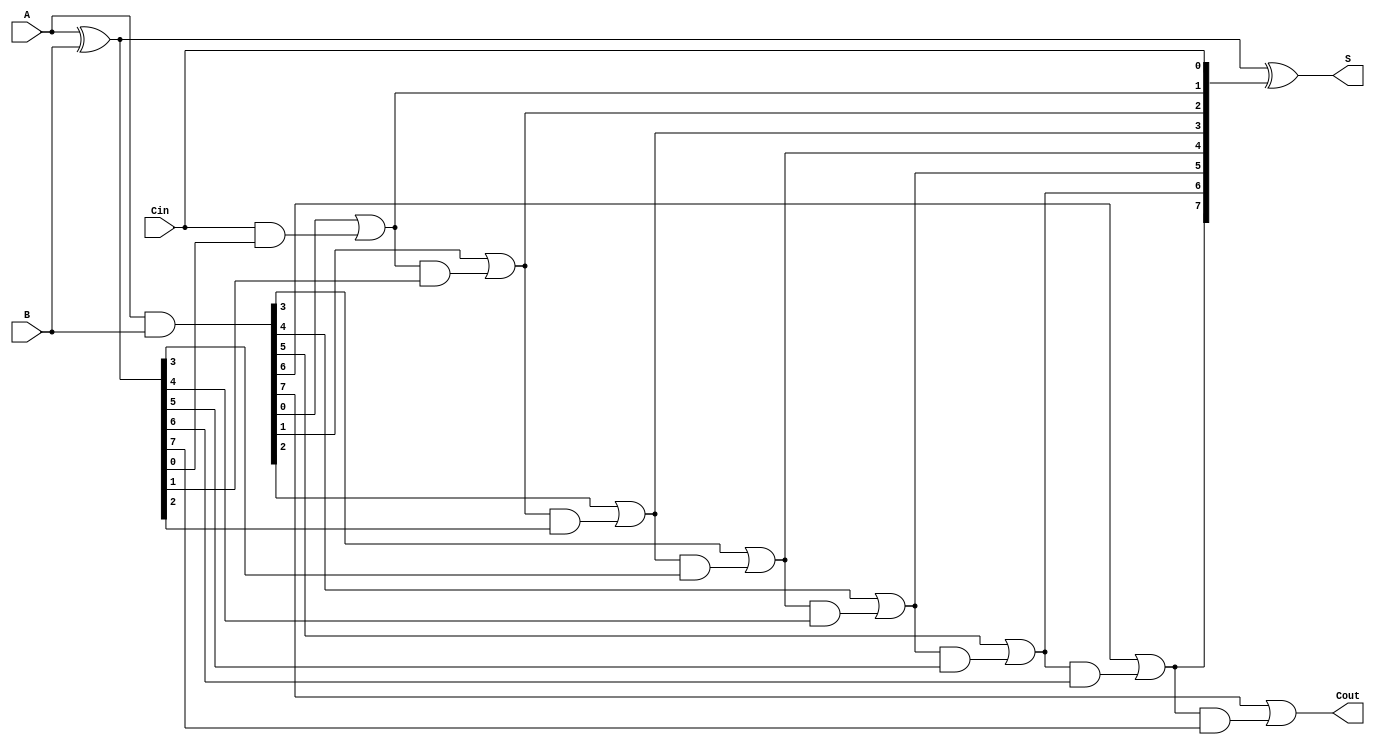
module ManchesterCarryChainAdder #(
    parameter N = 8  // Width of the adder (number of bits)
)(
    input  [N-1:0] A,      // First n-bit input
    input  [N-1:0] B,      // Second n-bit input
    input         Cin,      // Carry-in
    output [N-1:0] S,      // n-bit sum output
    output        Cout      // Carry-out
);

    wire [N:0] C;          // Carry signals (C[0] is Cin, C[N] is Cout)
    wire [N-1:0] P;        // Propagate signals
    wire [N-1:0] G;        // Generate signals

    // Generate and propagate signals
    assign P = A ^ B;      // Propagate
    assign G = A & B;      // Generate

    // Carry chain logic
    assign C[0] = Cin;     // Initial carry-in
    genvar i;
    generate
        for (i = 0; i < N; i = i + 1) begin : carry_chain
            assign C[i + 1] = G[i] | (C[i] & P[i]);
        end
    endgenerate

    // Sum calculation
    assign S = P ^ C[N-1:0]; // Sum bits

    // Final carry-out
    assign Cout = C[N];     // Final carry-out

endmodule